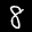
Label: 8